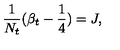
{ \frac { 1 } { N _ { t } } } ( \beta _ { t } - { \frac { 1 } { 4 } } ) = J ,